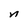
Character: n